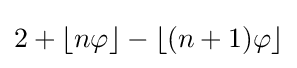
2+\lfloor n\varphi \rfloor -\lfloor (n+1)\varphi \rfloor